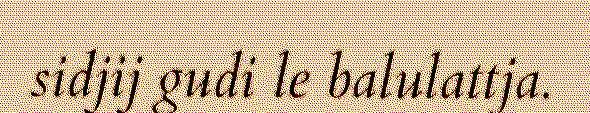
sidjij gudi le balulattja.